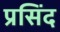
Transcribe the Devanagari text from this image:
प्रसिंद